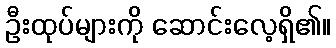
ဦးထုပ်များကို ဆောင်းလေ့ရှိ၏။